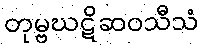
တုမ္ဗဃဋိဆဝသီသံ